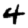
Digit: 4